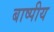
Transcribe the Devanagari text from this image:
बाष्पीय